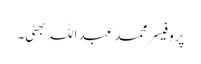
پروفیسر محمد عبداللہ بھٹی۔